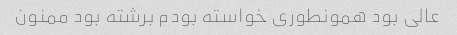
عالی بود همونطوری خواسته بودم برشته بود ممنون